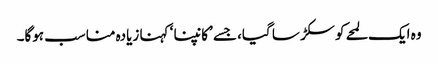
وہ ایک لمحے کو سکڑ سا گیا، جسے ’کانپنا ‘ کہنا زیادہ مناسب ہوگا۔